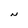
Character: N